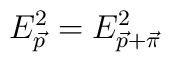
E_{\vec{p}}^{2}=E_{\vec{p}+\vec{\pi}}^{2}